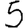
Digit: 5